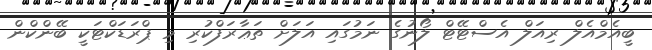
ބީއެމްއެލް ރިއަލް އެސްޓޭޓް ލޯނުގެ ނަމުގައި އަލަށް ތަޢާރަފްކުރި މި ޕްރަޑަކްޓަކީ ބޭންކްން